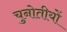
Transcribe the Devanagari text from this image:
चुनोतीयों